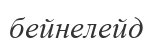
бейнелейд